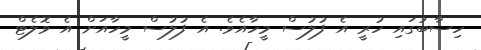
ހިސާބުގައި ހުރީ އެ ފުލުސް މީހާއެވެ. އެ ފުލުސް މީހާއަށް އެ ވޮލެޓް